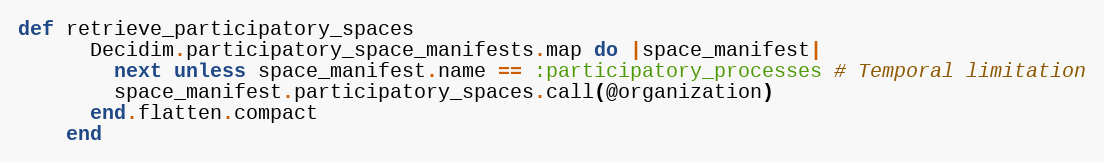
Language: Ruby
def retrieve_participatory_spaces
      Decidim.participatory_space_manifests.map do |space_manifest|
        next unless space_manifest.name == :participatory_processes # Temporal limitation
        space_manifest.participatory_spaces.call(@organization)
      end.flatten.compact
    end